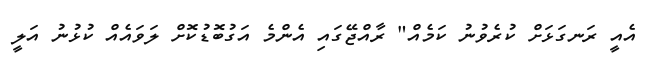
އެއީ ރަނގަޅަށް ކުރެވުނު ކަމެއް" ރާއްޖޭގައި އެންމެ އަގުބޮޑުކޮށް ލަވައެއް ކުޅުނު އަލީ